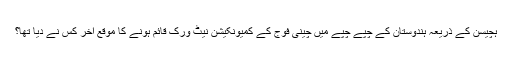
ہچیسن کے ذریعہ ہندوستان کے چپے چپے میں چینی فوج کے کمیونکیشن نیٹ ورک قائم ہونے کا موقع آخر کس نے دیا تھا؟